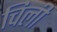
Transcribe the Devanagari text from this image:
चिली